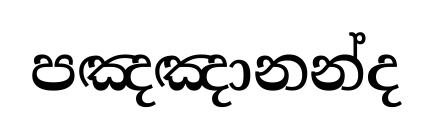
පඤඤානන්ද